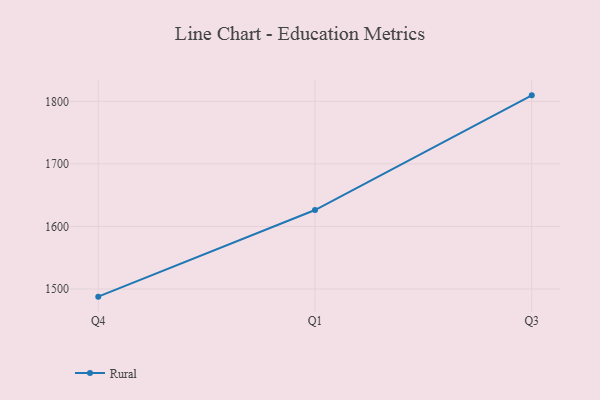
{"axis": {"x": "Quarter", "y": "Shipments"}, "legend": ["Rural"], "data": [{"x": "Q4", "y": 1487.8, "type": "Rural"}, {"x": "Q1", "y": 1626.3, "type": "Rural"}, {"x": "Q3", "y": 1809.6, "type": "Rural"}]}